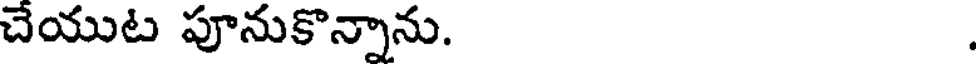
చేయుట పూనుకొన్నాను.